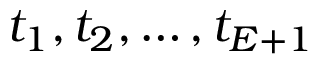
t _ { 1 } , t _ { 2 } , \ldots , t _ { E + 1 }